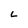
Character: L